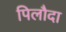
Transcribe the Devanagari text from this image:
पिलौदा